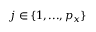
j \in \{ 1 , . . . , p _ { x } \}